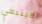
لاينبغي